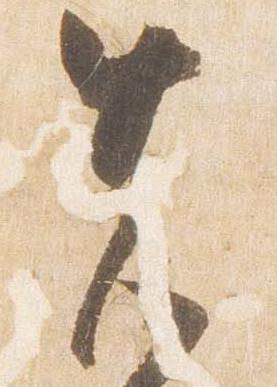
先